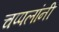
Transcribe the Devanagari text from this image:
चप्पलांनी